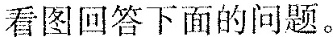
看图回答下面的问题。